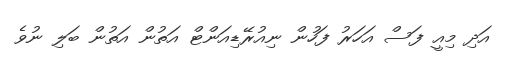
އަދި މިއީ ފަސް އަހަރު ފަހުން ނިއުރޭޑިއަންޓް އަތުން އަތުން ބަލި ނުވެ